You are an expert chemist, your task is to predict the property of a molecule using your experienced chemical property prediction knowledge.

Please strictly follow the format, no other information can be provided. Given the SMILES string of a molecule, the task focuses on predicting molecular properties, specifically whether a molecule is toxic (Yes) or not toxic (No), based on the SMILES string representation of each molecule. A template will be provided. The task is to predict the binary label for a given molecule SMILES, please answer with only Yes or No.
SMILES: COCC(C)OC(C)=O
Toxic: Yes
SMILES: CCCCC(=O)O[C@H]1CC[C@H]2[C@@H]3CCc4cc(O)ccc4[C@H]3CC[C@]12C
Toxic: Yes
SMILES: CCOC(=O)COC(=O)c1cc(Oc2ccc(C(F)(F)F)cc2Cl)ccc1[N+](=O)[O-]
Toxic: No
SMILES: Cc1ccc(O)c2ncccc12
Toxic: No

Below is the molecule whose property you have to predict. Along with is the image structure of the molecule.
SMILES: FC(F)(F)COCC(F)(F)F
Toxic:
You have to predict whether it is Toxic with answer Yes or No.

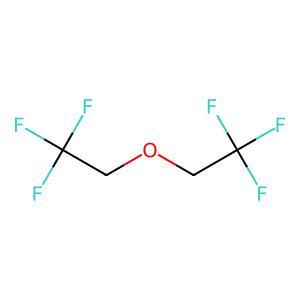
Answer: No